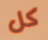
كل